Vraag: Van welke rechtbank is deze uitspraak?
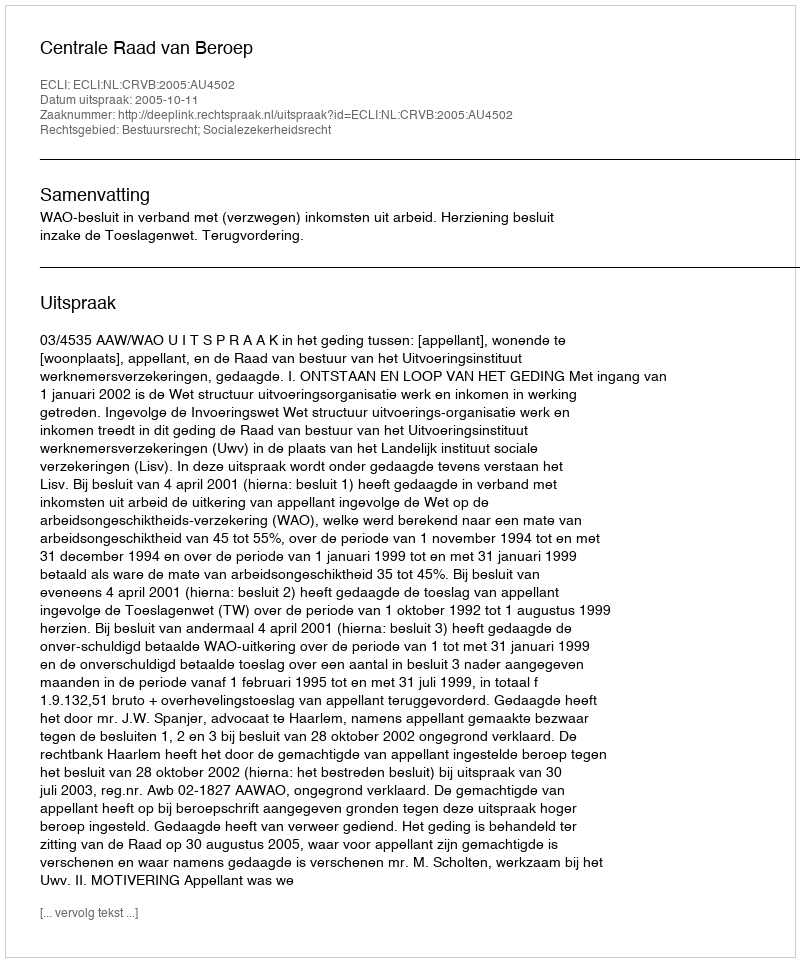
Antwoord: Centrale Raad van Beroep